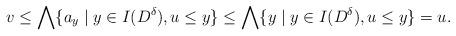
LaTeX: \begin{align*} v\leq\bigwedge\{a_y\mid y\in I(D^\delta), u\leq y\}\leq\bigwedge\{y\mid y\in I(D^\delta), u\leq y\}=u. \end{align*}